Civil Veterinary Dept. North-West Frontier Province 1901-22 - 1901-1922
Year: 1901
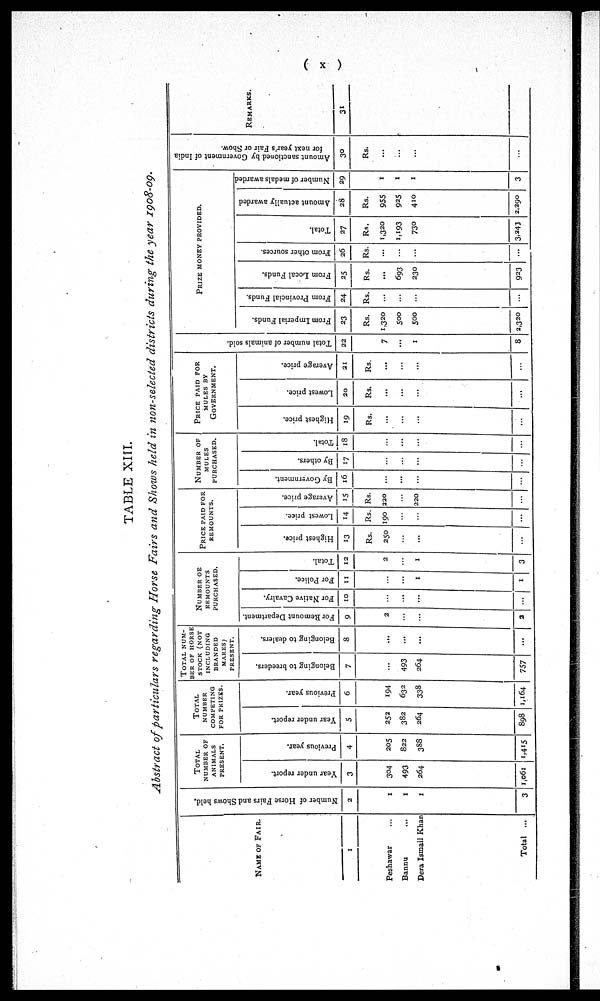
( X )
TABLE XIII.
Abstract of particulars regarding Horse Fairs and Shows held in non-selected districts during the year 1908-09.
NAME OF FAIR.
1
Peshawar ...
Bannu ...
Dera Ismail Khan
Total ...
Number of Horse Fairs and Shows held.
2
1
1
1
3
TOTAL
NUMBER OF
ANIMALS
PRESENT.
Year under report.
3
304
493
264
1,061
Previous year.
4
205
822
388
1,415
TOTAL
NUMBER
COMPETING
FOR PRIZES.
Year under report.
5
252
382
264
898
Previous year.
6
194
632
338
1,164
TOTAL
NUM-
---
OF HORSE
STOCK (NOT
INCLUDING
BRANDED
MARES)
PRESENT.
Belonging to breeders.
7
...
493
264
757
Belonging to dealers.
8
...
...
...
...
NUMBER OF
REMOUNTS
PURCHASED.
For Remount Department.
9
2
...
...
2
For Native Cavalry.
10
...
...
...
...
For Police.
11
...
...
1
1
Total.
12
2
...
1
3
PRICE PAID FOR
REMOUNTS.
Highest price.
13
Rs.
250
...
...
...
Lowest price.
14
Rs.
190
...
...
...
Average price.
15
Rs.
220
...
220
...
NUMBER OF
MULES
PURCHASED.
By Government.
16
...
...
...
...
By others.
17
...
...
...
...
Total.
18
...
...
...
...
PRICE PAID FOR
MULES BY
GOVERNMENT.
Highest price.
19
Rs.
...
...
...
...
Lowest price.
20
Rs.
...
...
...
...
Average price.
21
Rs.
...
...
...
...
Total number of animals
sold.
22
7
...
1
8
PRIZE MONEY PROVIDED.
From Imperial Funds.
23
Rs.
1,320
500
500
2,320
From Provincial Funds.
24
Rs.
...
...
...
...
From Local Funds.
25
Rs.
...
693
230
923
From other sources.
26
Rs.
...
...
...
...
Total.
27
Rs.
1,320
1,193
730
3,243
Amount actually awarded
28
Rs.
955
925
410
2,290
Number of medals awarded
29
1
1
1
3
Amount sanctioned by Government of India
for next year's Fair or Show.
30
Rs.
...
...
...
...
REMARKS.
31